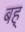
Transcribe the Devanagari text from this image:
बह्